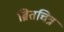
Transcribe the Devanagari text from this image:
ब्रितचित्र